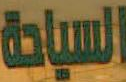
السياحة